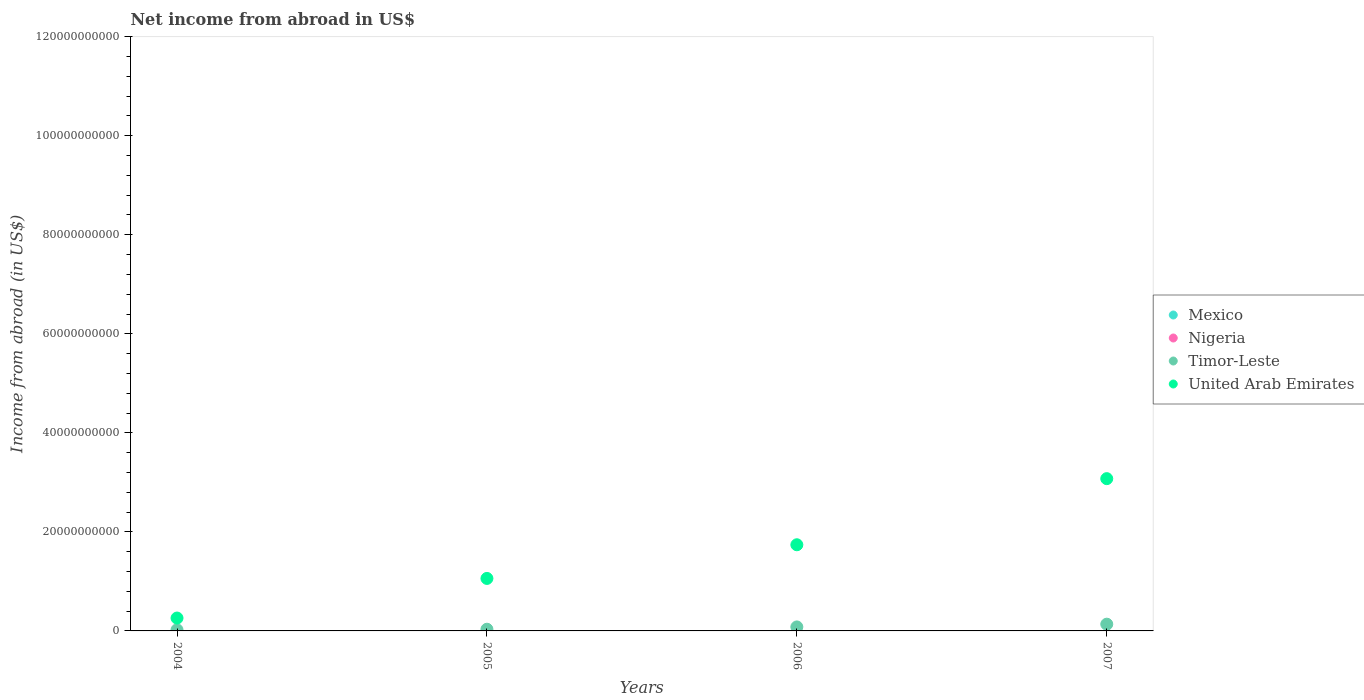
| Years | Mexico | Nigeria | Timor-Leste | United Arab Emirates |
 | --- | --- | --- | --- | --- |
 | 2004 | -1.19e+11 | -1.31e+12 | 2.23e+08 | 2.6e+09 |
 | 2005 | -1.71e+11 | -1.75e+12 | 3.42e+08 | 1.06e+10 |
 | 2006 | -2.28e+11 | -5.97e+11 | 8.07e+08 | 1.74e+10 |
 | 2007 | -2.59e+11 | -1.49e+12 | 1.36e+09 | 3.08e+10 |